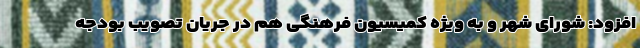
افزود: شورای شهر و به ویژه کمیسیون فرهنگی هم در جریان تصویب بودجه